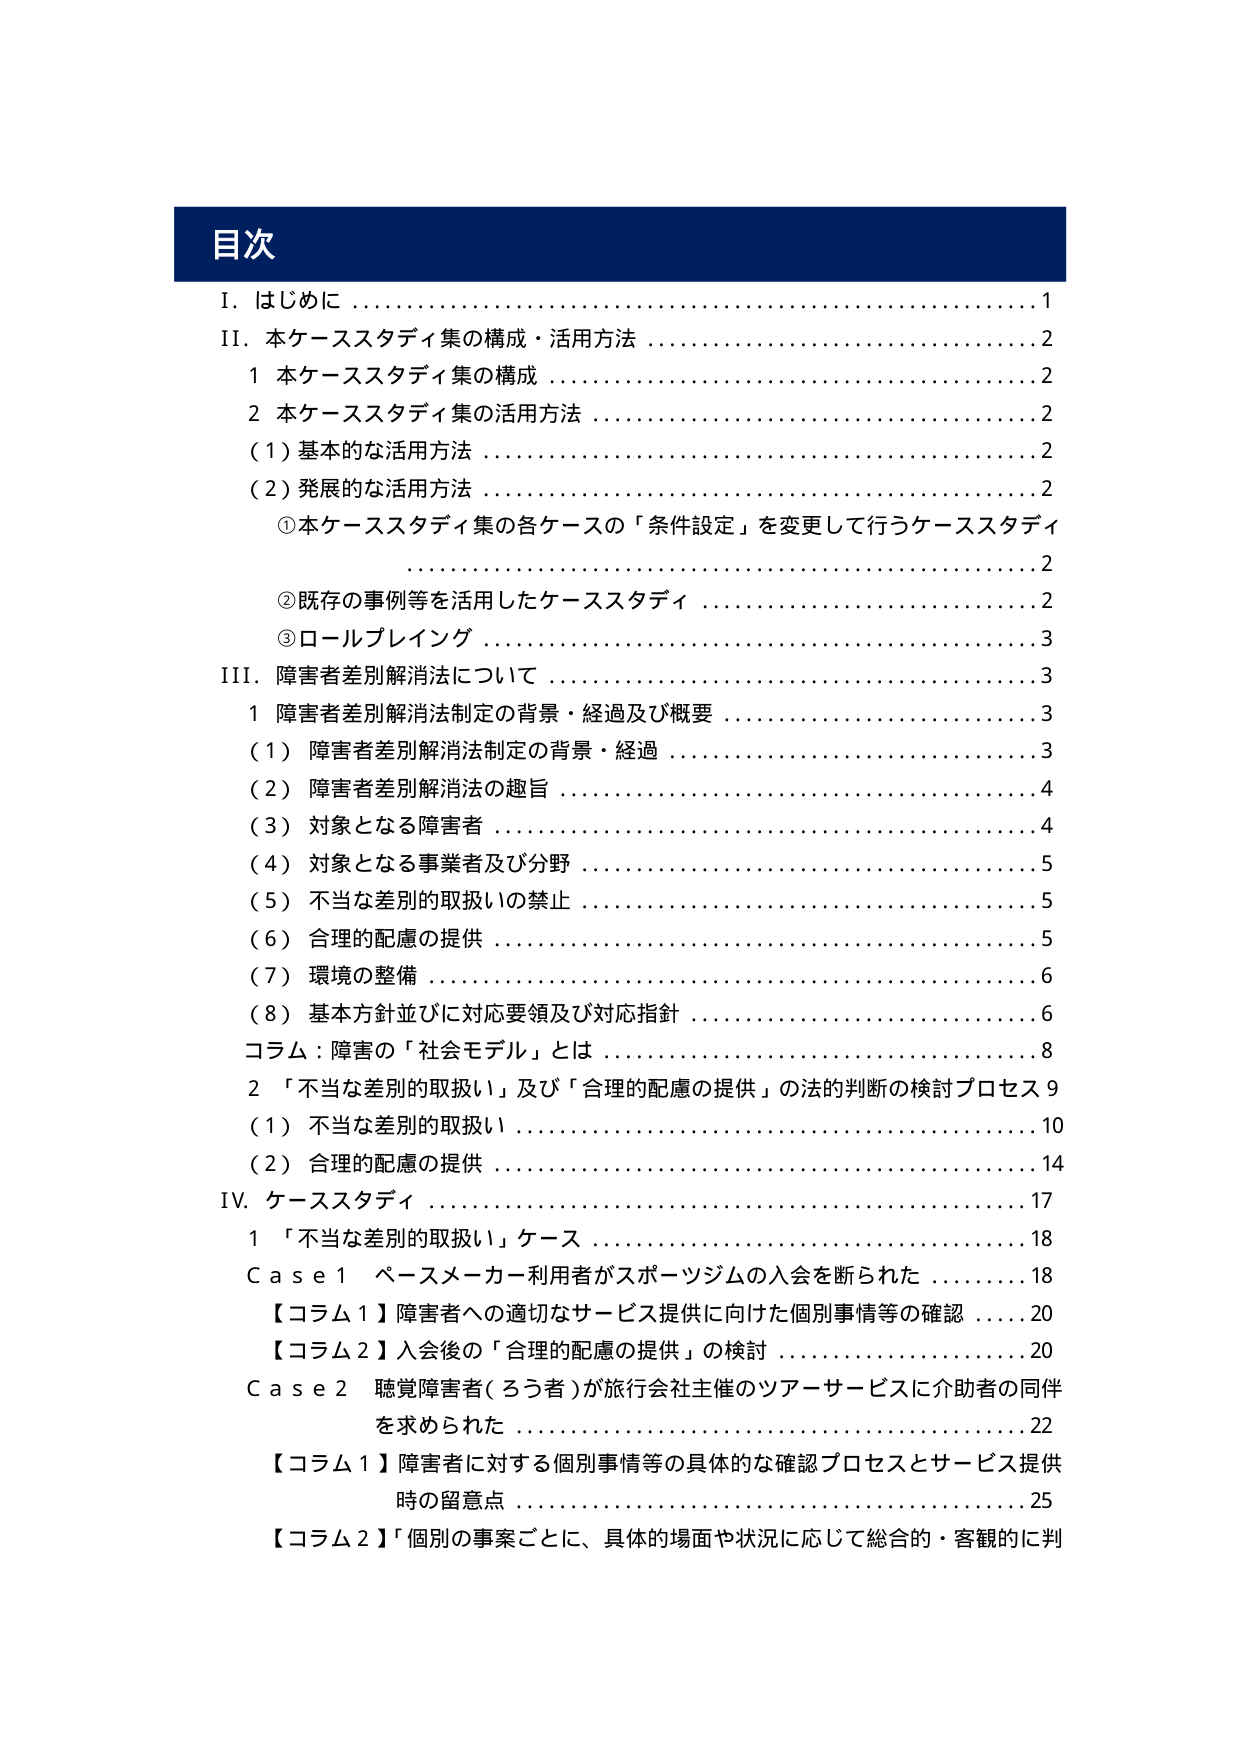
目次
I．はじめに ………………………………………………………………1
II．本ケーススタディ集の構成・活用方法 ……………………………2
　1 本ケーススタディ集の構成 …………………………………………2
　2 本ケーススタディ集の活用方法 ……………………………………2
　　（1）基本的な活用方法 ……………………………………………2
　　（2）発展的な活用方法 ……………………………………………2
　　　①本ケーススタディ集の各ケースの「条件設定」を変更して行うケーススタディ
　　　　……………………………………………………………………2
　　　②既存の事例等を活用したケーススタディ ………………………2
　　　③ロールプレイング ………………………………………………3
III．障害者差別解消法について ………………………………………3
　1 障害者差別解消法制定の背景・経過及び概要 ……………………3
　　（1）障害者差別解消法制定の背景・経過 …………………………3
　　（2）障害者差別解消法の趣旨 ………………………………………4
　　（3）対象となる障害者 ………………………………………………4
　　（4）対象となる事業者及び分野 ……………………………………5
　　（5）不当な差別的取扱いの禁止 ……………………………………5
　　（6）合理的配慮の提供 ………………………………………………5
　　（7）環境の整備 ………………………………………………………6
　　（8）基本方針並びに対応要領及び対応指針 ………………………6
　コラム：障害の「社会モデル」とは …………………………………8
　2 「不当な差別的取扱い」及び「合理的配慮の提供」の法的判断の検討プロセス 9
　　（1）不当な差別的取扱い ……………………………………………10
　　（2）合理的配慮の提供 ………………………………………………14
IV．ケーススタディ ……………………………………………………17
　1 「不当な差別的取扱い」ケース ……………………………………18
　　Case 1 ペースメーカー利用者がスポーツジムの入会を断られた ………18
　　【コラム1】障害者への適切なサービス提供に向けた個別事情等の確認 ……20
　　【コラム2】入会後の「合理的配慮の提供」の検討 ……………………20
　　Case 2 聴覚障害者（ろう者）が旅行会社主催のツアー サービスに介助者の同伴
　　　を求められた ………………………………………………………22
　　【コラム1】障害者に対する個別事情等の具体的な確認プロセスとサービス提供
　　　時の留意点 …………………………………………………………25
　　【コラム2】「個別の事案ごとに、具体的場面や状況に応じて総合的・客観的に判